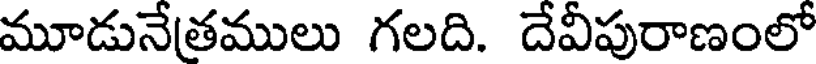
మూడునేతములు గలది. దేవీపురాణంలో